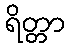
ရိတ္တာ